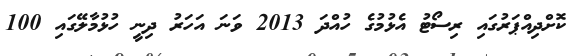
ކޮށްދިއްޕަރުގައި ރިސޯޓު އެޅުމުގެ ހުއްދަ 2013 ވަނަ އަހަރު ދިނީ ހުޅުމާލޭގައި 100